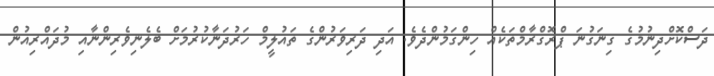
ދަސްކޮށްދިނުމުގެ ގިނަގުނަ ޕްރޮގްރާމްތަކެއް ހިންގަމުންދެވެ. އަދި ދަރިވަރުންގެ ތައުލީމް ހަރުދަނާކުރުމަށް ބެލެނިވެރިންނާއި މުދައްރިއުން